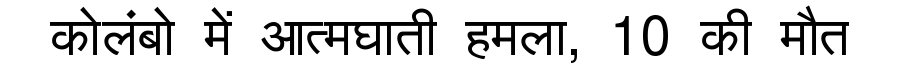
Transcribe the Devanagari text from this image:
कोलंबो में आत्मघाती हमला, 10 की मौत